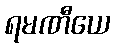
ရမဏီယေ